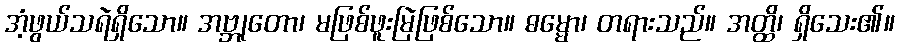
အံ့ဖွယ်သရဲရှိသော။ အဗ္ဘုတော၊ မဖြစ်ဖူးမြဲဖြစ်သော။ ဓမ္မော၊ တရားသည်။ အတ္ထိ၊ ရှိသေး၏။